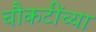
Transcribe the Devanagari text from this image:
चौकटींच्या